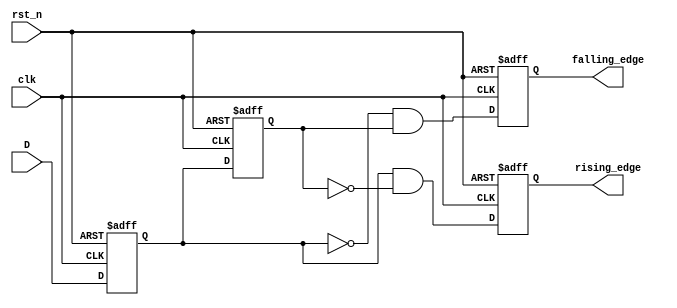
module glitch_free_edge_detector (
    input wire clk,         // Clock signal
    input wire rst_n,      // Active low reset
    input wire D,          // Input signal to be monitored
    output reg rising_edge, // Output signal for rising edge detection
    output reg falling_edge // Output signal for falling edge detection
);

    // Registers to store the previous and current states of the input signal
    reg previous_state;
    reg current_state;

    // Always block to sample the input signal on the clock edge
    always @(posedge clk or negedge rst_n) begin
        if (!rst_n) begin
            // Reset the states and outputs
            previous_state <= 1'b0;
            current_state <= 1'b0;
            rising_edge <= 1'b0;
            falling_edge <= 1'b0;
        end else begin
            // Sample the current state of the input signal
            current_state <= D;

            // Edge detection logic
            rising_edge <= (current_state && !previous_state); // Rising edge detected
            falling_edge <= (!current_state && previous_state); // Falling edge detected

            // Update the previous state for the next clock cycle
            previous_state <= current_state;
        end
    end

endmodule